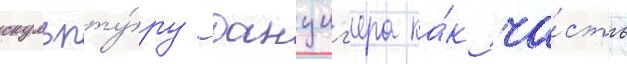
скульпту́ру данциг'ера ка́к ча́сть